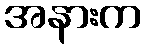
အနားက